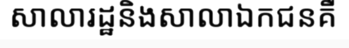
សាលារដ្ឋនិងសាលាឯកជនគឺ